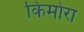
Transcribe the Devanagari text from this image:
किमोरा